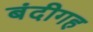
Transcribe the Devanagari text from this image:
बंदीगह